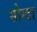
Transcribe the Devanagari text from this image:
सोग्दा